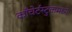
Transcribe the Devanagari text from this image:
काँचेर्टस्टुकमध्ये